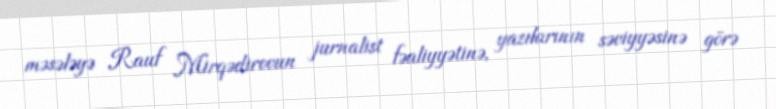
məsələyə Rauf Mirqədirovun jurnalist fəaliyyətinə, yazılarının səviyyəsinə görə